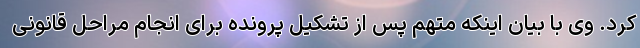
کرد. وی با بیان اینکه متهم پس از تشکیل پرونده برای انجام مراحل قانونی